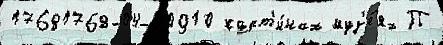
17681768-04-20910 карт'и́нах муз'е́ях П